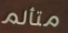
متألم